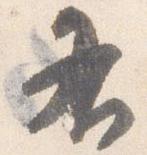
右